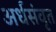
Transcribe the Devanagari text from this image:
अर्धसंवृत